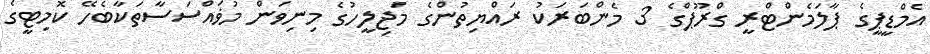
އެމްޑީޕީގެ ޕާލަމެންޓްރީ ގްރޫޕްގެ 3 މެންބަރަކު ރައްޔިތުންގެ މަޖިލީހުގެ މިނިވަން މުޥައްސަސާތަކާބެހޭ ކޮމިޓީގެ